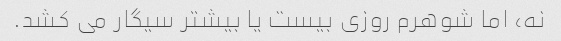
نه، اما شوهرم روزی بیست یا بیشتر سیگار می کشد.